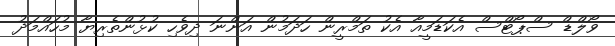
ވޯލްޑް ސްޕޯޓްސް އެކަޑަމީއާ އެކު ތަމްރީން ހަދަމުން އަންނަ ދިވެހި ކުޅުންތެރިޔާ މުހައްމަދު